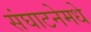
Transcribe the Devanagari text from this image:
संघाटनेमधे